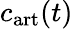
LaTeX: c_{\textup{art}}(t)